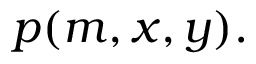
p ( m , x , y ) .